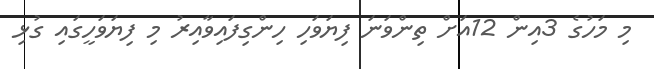
މި މަހުގެ 3އިން 12އަށް ތިންވަނަ ފިޔަވަހި ހިންގިފައިވާއިރު މި ފިޔަވަހީގައި ގުޅި